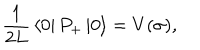
{ \frac { 1 } { 2 L } } \left\langle 0 \right\vert P _ { + } \left\vert 0 \right\rangle = V ( \sigma ) ,